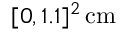
[ 0 , 1 . 1 ] ^ { 2 } \, \mathrm { c m }